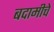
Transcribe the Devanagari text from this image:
बदामीचे